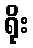
ရိုး